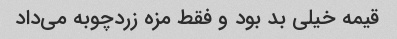
قیمه خیلی بد بود و فقط مزه زردچوبه می‌داد